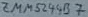
Text: ZMM3244B7